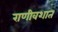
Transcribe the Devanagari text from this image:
राणीवशात